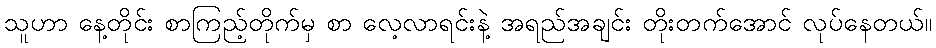
သူဟာ နေ့တိုင်း စာကြည့်တိုက်မှ စာ လေ့လာရင်းနဲ့ အရည်အချင်း တိုးတက်အောင် လုပ်နေတယ်။